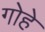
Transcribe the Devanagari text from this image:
गोहे